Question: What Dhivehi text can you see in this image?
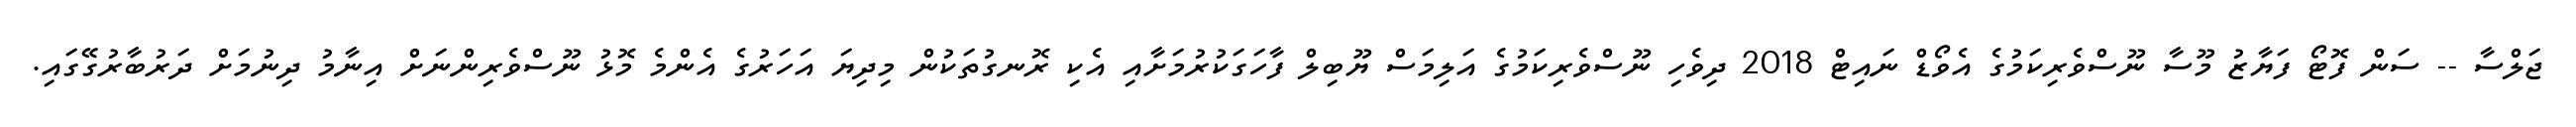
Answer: ޖަލްސާ -- ސަން ފޮޓޯ ފަޔާޒު މޫސާ ނޫސްވެރިކަމުގެ އެވޯޑް ނައިޓް 2018 ދިވެހި ނޫސްވެރިކަމުގެ އަލިމަސް ޔޫބިލް ފާހަގަކުރުމަށާއި އެކި ރޮނގުތަކުން މިދިޔަ އަހަރުގެ އެންމެ މޮޅު ނޫސްވެރިންނަށް އިނާމު ދިނުމަށް ދަރުބާރުގޭގައި.